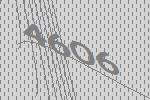
4606